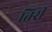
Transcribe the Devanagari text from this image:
तिरीं